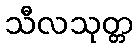
သီလသုတ္တ